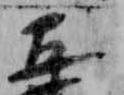
五